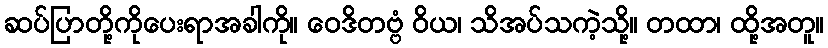
ဆပ်ပြာတို့ကိုပေးရာအခါကို။ ဝေဒိတဗ္ဗံ ဝိယ၊ သိအပ်သကဲ့သို့။ တထာ၊ ထို့အတူ။